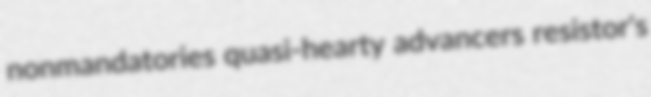
nonmandatories quasi-hearty advancers resistor's